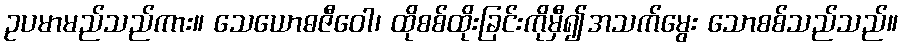
ဥပမာမည်သည်ကား။ သေယောဓဇီဝေါ၊ ထိုစစ်ထိုးခြင်းကိုမှီ၍အသက်မွေး သောစစ်သည်သည်။